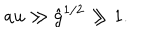
LaTeX: a u \gg { \hat { g } } ^ { 1 / 2 } \gg 1 .